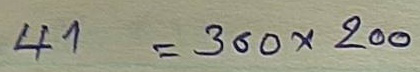
41 = 300 x 200